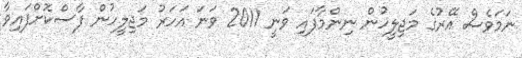
ނަމަވެސް އޭރުގެ މަޖިލީހުން ނިންމާފައި ވަނީ 2011 ވަނަ އަހަރު މަޖިލީހުން ފާސްކޮށްފައިވާ